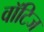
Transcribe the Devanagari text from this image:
वॉटिज